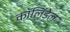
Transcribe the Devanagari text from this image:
कॉलिंडेल